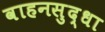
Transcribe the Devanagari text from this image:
वाहनसुद्धा